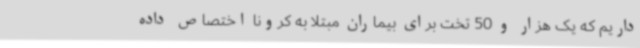
داریم که یک هزار و 50 تخت برای بیماران مبتلا به کرونا اختصاص داده